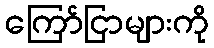
ကြော်ငြာများကို